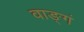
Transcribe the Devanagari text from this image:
वाङ्गं